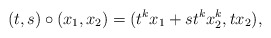
\begin{align*}(t,s)\circ(x_1,x_2)=(t^kx_1+st^kx_2^k,tx_2),\end{align*}